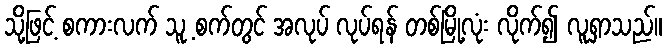
သို့ဖြင့် စကားလက် သူ့ စက်တွင် အလုပ် လုပ်ရန် တစ်မြို့လုံး လိုက်၍ လူရှာသည်။